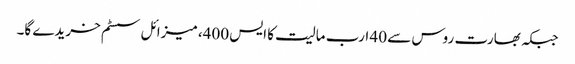
جبکہ بھارت روس سے 40 ارب مالیت کا ایس 400، میزائل سسٹم خریدے گا۔